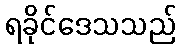
ရခိုင်ဒေသသည်